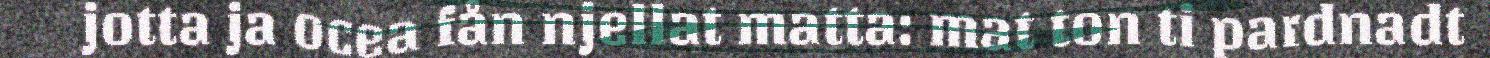
jotta ja ocea fån njellat matta: mat ton ti pardnadt